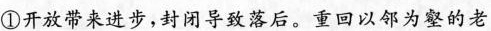
①开放带来进步，封闭导致落后。重回以邻为壑的老